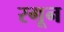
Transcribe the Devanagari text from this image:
रगून